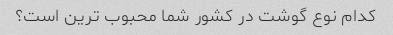
کدام نوع گوشت در کشور شما محبوب ترین است؟